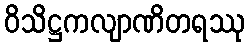
ဝိသိဋ္ဌကလျာဏိတရဿု